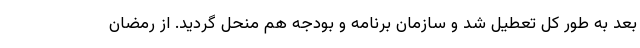
بعد به طور کل تعطیل شد و سازمان برنامه و بودجه هم منحل گردید. از رمضان